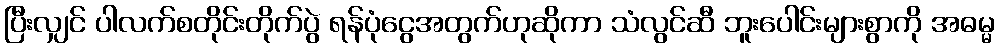
ပြီးလျှင် ပါလက်စတိုင်းတိုက်ပွဲ ရန်ပုံငွေအတွက်ဟုဆိုကာ သံလွင်ဆီ ဘူးပေါင်းများစွာကို အဓမ္မ